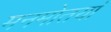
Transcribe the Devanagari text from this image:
मनमोतयां